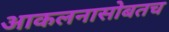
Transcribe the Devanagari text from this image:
आकलनासोबतच